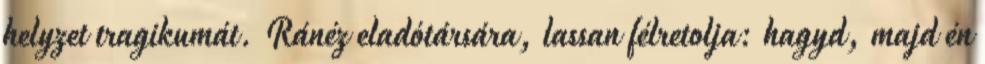
helyzet tragikumát. Ránéz eladótársára, lassan félretolja: hagyd, majd én